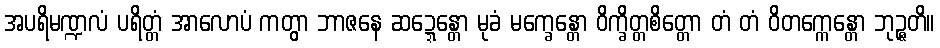
အပရိမဏ္ဍလံ ပရိတ္တံ အာလောပံ ကတွာ ဘာဇနေ ဆဍ္ဍေန္တော မုခံ မက္ခေန္တော ဝိက္ခိတ္တစိတ္တော တံ တံ ဝိတက္ကေန္တော ဘုဉ္ဇတိ။